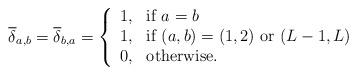
LaTeX: \begin{align*}\overline{\delta}_{a,b} =\overline{\delta}_{b,a}=\left\{ \begin{array}{ll} 1 , &\mbox{if $a=b$} \\ 1 , &\mbox{if $(a,b)=(1,2)$ or $(L-1,L)$} \\ 0 , &\mbox{otherwise.} \end{array} \right.\end{align*}